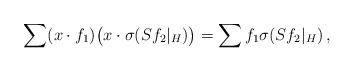
LaTeX: \begin{align*}\sum (x\cdot f_{1})\bigl(x\cdot \sigma(Sf_{2}|_H)\bigr)= \sum f_1\sigma(Sf_{2}|_H)\,,\end{align*}